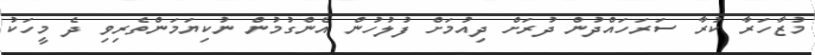
މުޒާހަރާ ކުރާ ސަރަހަައްދުން ދުރަށް ދިއުމަށް ފުލުހުން އެންގުމުން ނުކިޔަމަންތެރިވި ދެ މީހަކު